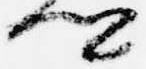
卿